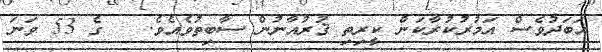
އަބަދުވެސް އަމުރުކުރާކަން ކީރިތި ޤުރުއާނުން ސާބިތުވެއެވެ.   ގެ 53 ވަނަ